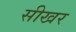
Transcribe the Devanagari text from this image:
सीखर